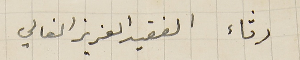
رثاء الفقيد العزيز الغالي